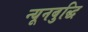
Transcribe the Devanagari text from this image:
न्यूनबुद्धि